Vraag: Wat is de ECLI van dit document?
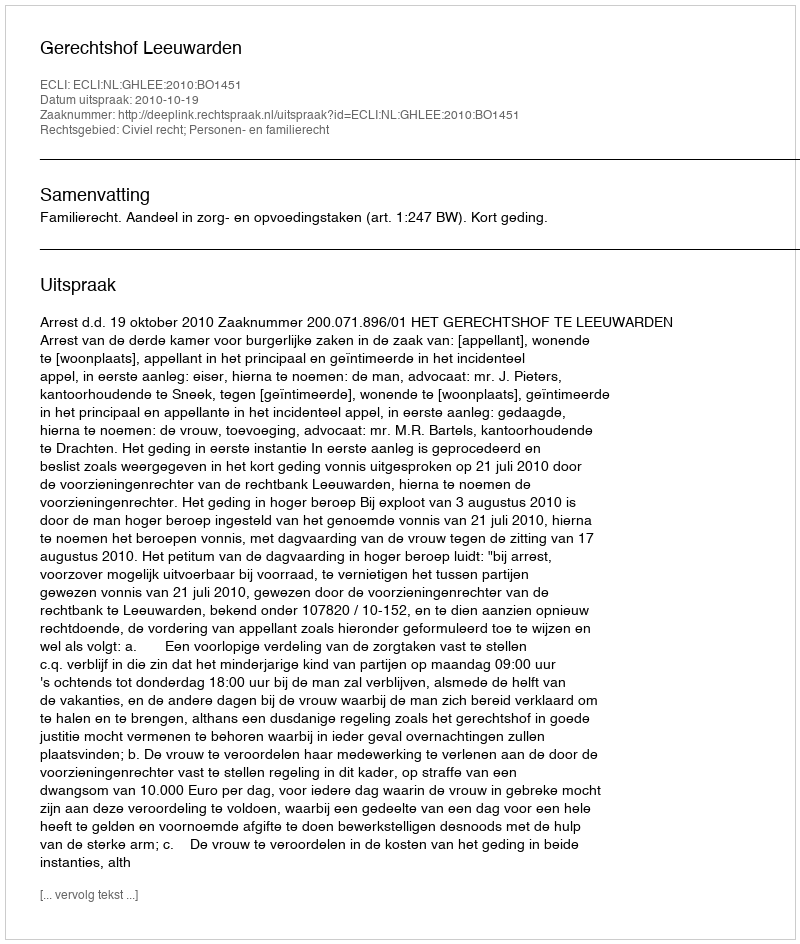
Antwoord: ECLI:NL:GHLEE:2010:BO1451